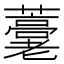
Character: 𧂕